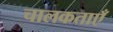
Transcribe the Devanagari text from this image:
चालकताएँ